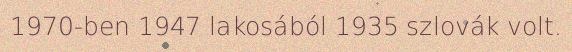
1970-ben 1947 lakosából 1935 szlovák volt.